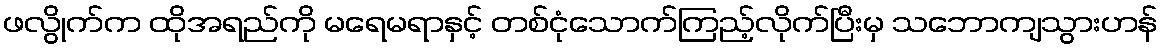
ဖလွိုက်က ထိုအရည်ကို မရေမရာနှင့် တစ်ငုံသောက်ကြည့်လိုက်ပြီးမှ သဘောကျသွားဟန်